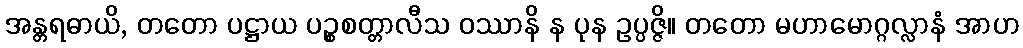
အန္တရဓာယိ, တတော ပဋ္ဌာယ ပဉ္စစတ္တာလီသ ဝဿာနိ န ပုန ဥပ္ပဇ္ဇိ။ တတော မဟာမောဂ္ဂလ္လာနံ အာဟ